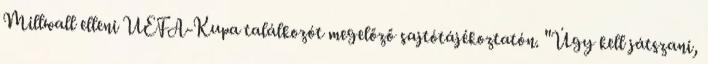
Millwall elleni UEFA-Kupa találkozót megelőző sajtótájékoztatón. "Úgy kell játszani,